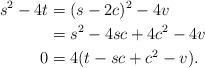
LaTeX: \begin{align*} s^2 - 4t &= (s-2c)^2 - 4v \\ &= s^2 - 4sc + 4c^2 - 4v\\ 0 &= 4(t-sc+c^2 - v). \end{align*}